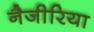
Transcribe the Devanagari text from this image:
नैजीरिया